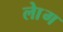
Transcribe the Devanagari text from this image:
लाेेग